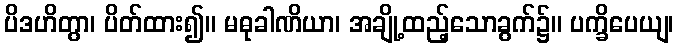
ပိဒဟိတွာ၊ ပိတ်ထား၍။ မဓုခါဏိယာ၊ အချို့ထည့်သောခွက်၌။ ပက္ခိပေယျ၊